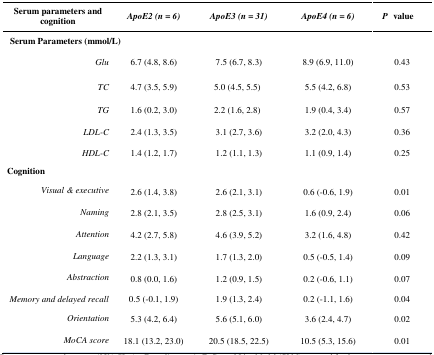
| Serum parameters and cognition | ApoE2 (n = 6) | ApoE3 (n = 31) | ApoE4 (n = 6) | P value |
 | --- | --- | --- | --- | --- |
 | Serum Parameters (mmol/L) |
 | Glu | 6.7 (4.8, 8.6) | 7.5 (6.7, 8.3) | 8.9 (6.9, 11.0) | 0.43 |
 | TC | 4.7 (3.5, 5.9) | 5.0 (4.5, 5.5) | 5.5 (4.2, 6.8) | 0.53 |
 | TG | 1.6 (0.2, 3.0) | 2.2 (1.6, 2.8) | 1.9 (0.4, 3.4) | 0.57 |
 | LDL-C | 2.4 (1.3, 3.5) | 3.1 (2.7, 3.6) | 3.2 (2.0, 4.3) | 0.36 |
 | HDL-C | 1.4 (1.2, 1.7) | 1.2 (1.1, 1.3) | 1.1 (0.9, 1.4) | 0.25 |
 | Cognition |  |  |  |  |
 | Visual & executive | 2.6 (1.4, 3.8) | 2.6 (2.1, 3.1) | 0.6 (-0.6, 1.9) | 0.01 |
 | Naming | 2.8 (2.1, 3.5) | 2.8 (2.5, 3.1) | 1.6 (0.9, 2.4) | 0.06 |
 | Attention | 4.2 (2.7, 5.8) | 4.6 (3.9, 5.2) | 3.2 (1.6, 4.8) | 0.42 |
 | Language | 2.2 (1.3, 3.1) | 1.7 (1.3, 2.0) | 0.5 (-0.5, 1.4) | 0.09 |
 | Abstraction | 0.8 (0.0, 1.6) | 1.2 (0.9, 1.5) | 0.2 (-0.6, 1.1) | 0.07 |
 | Memory and delayed recall | 0.5 (-0.1, 1.9) | 1.9 (1.3, 2.4) | 0.2 (-1.1, 1.6) | 0.04 |
 | Orientation | 5.3 (4.2, 6.4) | 5.6 (5.1, 6.0) | 3.6 (2.4, 4.7) | 0.02 |
 | MoCA score | 18.1 (13.2, 23.0) | 20.5 (18.5, 22.5) | 10.5 (5.3, 15.6) | 0.01 |